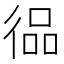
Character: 𱝵